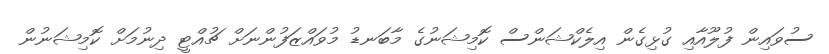
ސުވައިން ފުލޫއާއި ގުޅިގެން އިލެކްޝަންސް ކޮމިޝަނުގެ މާބަނޑު މުވައްޒަފުންނަށް ޗުއްޓީ ދިނުމަށް ކޮމިޝަނުން